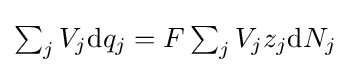
{\textstyle \sum _{j}V_{j}\mathrm {d} q_{j}=F\sum _{j}V_{j}z_{j}\mathrm {d} N_{j}}